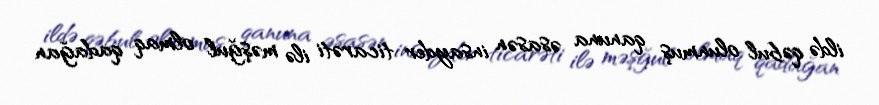
ildə qəbul olunmuş qanuna əsasən insayder ticarəti ilə məşğul olmaq qadağan